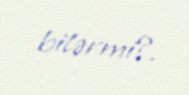
bilərmi?.